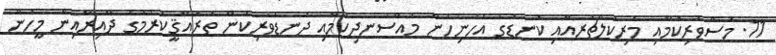
11. މަސްވެރިކަމާއި މެރިކަލްޗަރއާއި ކަނޑުގެ އެހެނިހެން މުއްސަނދިކަމާއި ދަނޑުވެރިކަން ތަރައްޤީކުރުމުގެ ދާއިރާއިން މީހުން